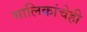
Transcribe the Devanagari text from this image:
मालिकांचेही